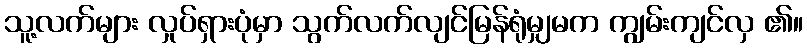
သူ့လက်များ လှုပ်ရှားပုံမှာ သွက်လက်လျင်မြန်ရုံမျှမက ကျွမ်းကျင်လှ ၏။